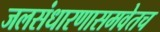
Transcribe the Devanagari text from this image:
जलसंधारणासमवेतच